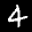
Label: 4